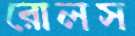
রোলস